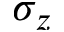
\sigma _ { z }